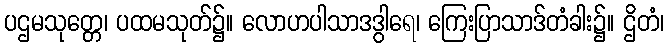
ပဌမသုတ္တေ၊ ပထမသုတ်၌။ လောဟပါသာဒဒွါရေ၊ ကြေးပြာသာဒ်တံခါး၌။ ဌိတံ၊